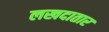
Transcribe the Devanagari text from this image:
लखदातार